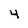
Character: 4